Punjab Mental Hospital Lahore 1922-31 - 1922-1931
Year: 1922
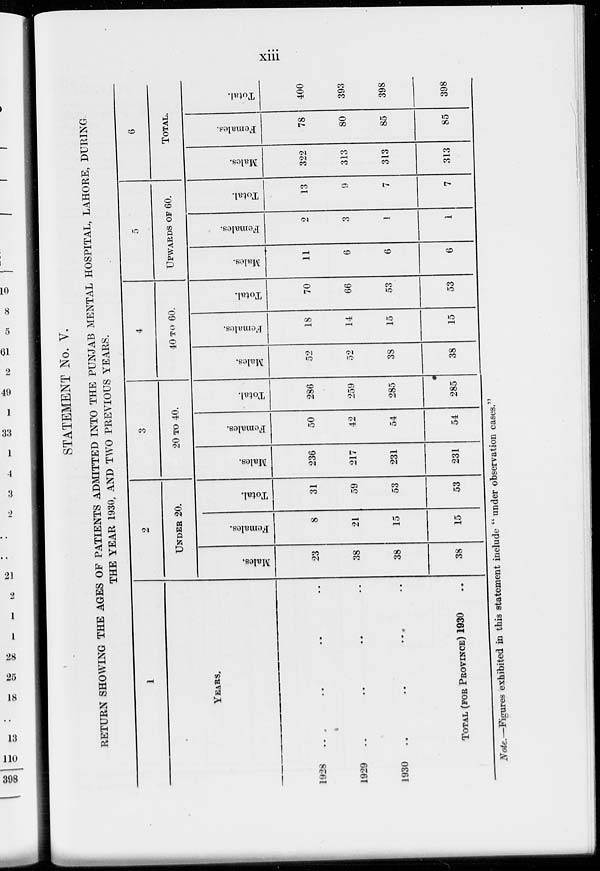
xiii
STATEMENT No. V.
RETURN SHOWING THE AGES OF PATIENTS ADMITTED INTO THE PUNJAB MENTAL HOSPITAL, LAHORE, DURING
THE YEAR 1930, AND TWO PREVIOUS YEARS.
1
YEARS.
1928 .. .. .. ..
1929 .. .. .. ..
1930 .. .. .. ..
TOTAL (FOR PROVINCE) 1930 ..
2
UNDER 20.
Males.
23
38
38
38
Females.
8
21
15
15
Total.
31
59
53
53
3
20 TO 40.
Males.
236
217
231
231
Females.
50
42
54
54
Total.
286
259
285
285
4
40 TO 60.
Males.
52
52
38
38
Females.
18
14
15
15
Total.
70
66
53
53
5
UPWARDS OF 60.
Males.
11
6
6
6
Females.
2
3
1
1
Total.
13
9
7
7
6
TOTAL.
Males.
322
313
313
313
Females.
78
80
85
85
Total.
400
393
398
398
Note.—Figures exhibited in this statement include " under observation cases."